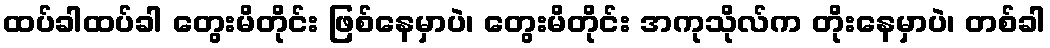
ထပ်ခါထပ်ခါ တွေးမိတိုင်း ဖြစ်နေမှာပဲ၊ တွေးမိတိုင်း အကုသိုလ်က တိုးနေမှာပဲ၊ တစ်ခါ